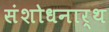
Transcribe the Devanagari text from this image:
संशोधनार्थ